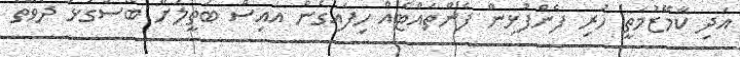
އަދި ކާމޭޒުމަތީ ހުރި ފެންފުޅިން ފެންތައްޓެއް ހިފައިގެން އައިސް ބަތީލަށް ބޭސްގުޅަ ދެވޭތޯ